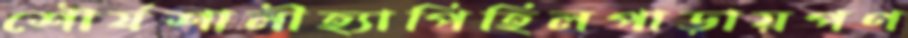
শৌর্যশালীহ্যাপিহিলপাড়ায়পণ